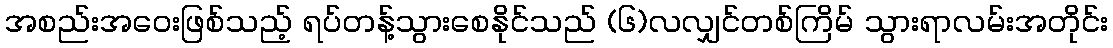
အစည်းအဝေးဖြစ်သည့် ရပ်တန့်သွားစေနိုင်သည် (၆)လလျှင်တစ်ကြိမ် သွားရာလမ်းအတိုင်း